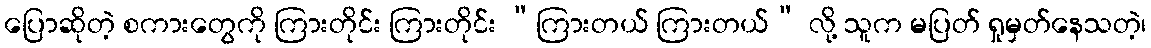
ပြောဆိုတဲ့ စကားတွေကို ကြားတိုင်း ကြားတိုင်း “ကြားတယ် ကြားတယ်” လို့ သူက မပြတ် ရှုမှတ်နေသတဲ့၊